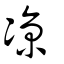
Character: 凉